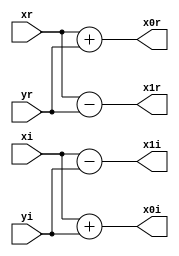
// Butterfly Module
module bfly4_4(xr,xi,yr,yi,x0r,x0i,x1r,x1i); 
  input signed [15:0]xr,xi,yr,yi;
  output signed [15:0]x0r,x0i,x1r,x1i;
  assign x0r=xr+yr;
  assign x0i=xi+yi;
  assign x1r=xr-yr;
  assign x1i=xi-yi;
endmodule